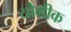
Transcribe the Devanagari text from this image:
यौगीक